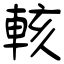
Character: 輆